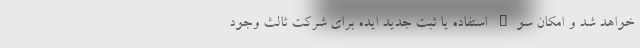
خواهد شد و امکان سوء استفاده یا ثبت جدید ایده برای شرکت ثالث وجود